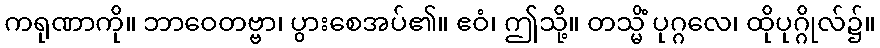
ကရုဏာကို။ ဘာဝေတဗ္ဗာ၊ ပွားစေအပ်၏။ ဧဝံ၊ ဤသို့။ တသ္မိံ ပုဂ္ဂလေ၊ ထိုပုဂ္ဂိုလ်၌။